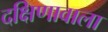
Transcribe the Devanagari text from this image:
दक्षिणावाला